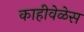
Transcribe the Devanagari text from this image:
काहीवेळेस